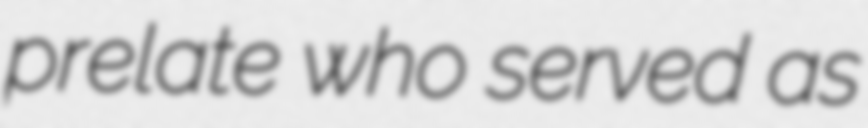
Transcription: prelate who served as